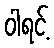
ဝါရင့်